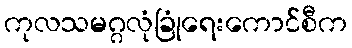
ကုလသမဂ္ဂလုံခြုံရေးကောင်စီက